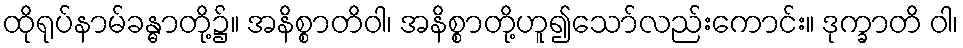
ထိုရုပ်နာမ်ခန္ဓာတို့၌။ အနိစ္စာတိဝါ၊ အနိစ္စာတို့ဟူ၍သော်လည်းကောင်း။ ဒုက္ခာတိ ဝါ၊